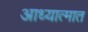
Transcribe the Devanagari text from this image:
आध्यात्मात